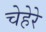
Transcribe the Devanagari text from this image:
चेहेरे